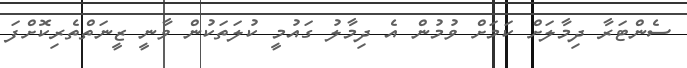
ސެންޓަރާ ދިމާލަށް ކަމަށް ވުމުން އެ ދިމާލު ގައުމީ ކުލަތަކުން ވާނީ ޒީނަތްތެރިކޮށްފަ